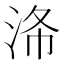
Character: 𣴗